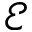
\mathcal { E }